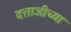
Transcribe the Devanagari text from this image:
दत्ताजीच्या